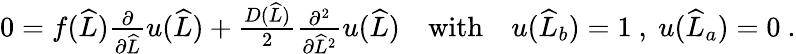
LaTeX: \begin{array}{r}{0=f(\widehat{L})\frac{\partial}{\partial\widehat{L}}u(\widehat{L})+\frac{D(\widehat{L})}{2}\frac{\partial^{2}}{\partial\widehat{L}^{2}}u(\widehat{L})\quad\mathrm{with}\quad u(\widehat{L}_{b})=1\ ,\ u(\widehat{L}_{a})=0\ .}\end{array}